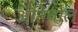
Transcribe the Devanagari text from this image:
अतिचाल